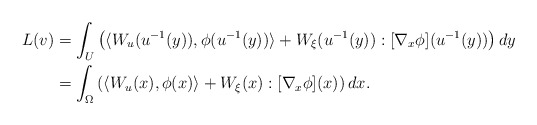
\begin{align*} L(v)&= \int_U \left( \langle W_u (u^{-1}(y)), \phi (u^{-1}(y)) \rangle + W_\xi (u^{-1}(y)) : [\nabla_x \phi] (u^{-1}(y)) \right) dy \\&= \int_\Omega \left( \langle W_u(x), \phi(x) \rangle + W_\xi(x) : [\nabla_x \phi](x) \right) dx. \end{align*}